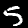
Digit: 5